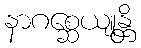
နာဂစ္ဆေယျုန္တိ